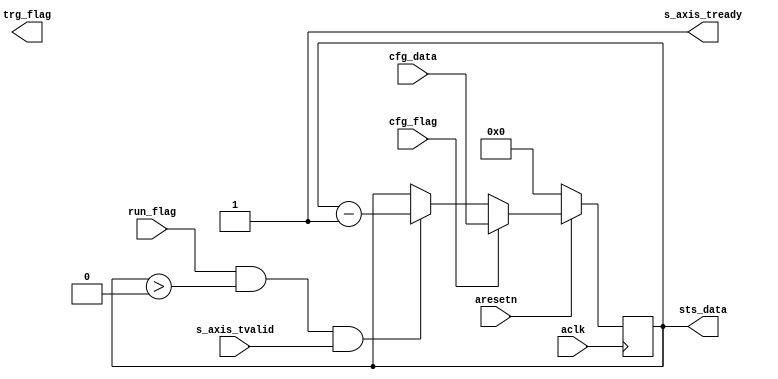
module axis_timer #
(
  parameter integer CNTR_WIDTH = 64
)
(
  input  wire                        aclk,
  input  wire                        aresetn,
  input  wire                        run_flag,
  input  wire                        cfg_flag,
  input  wire [CNTR_WIDTH-1:0]       cfg_data,
  output wire                        trg_flag,
  output wire [CNTR_WIDTH-1:0]       sts_data,
  output wire                        s_axis_tready,
  input  wire                        s_axis_tvalid
);
  reg [CNTR_WIDTH-1:0] int_cntr_reg, int_cntr_next;
  wire int_enbl_wire;
  always @(posedge aclk)
  begin
    if(~aresetn)
    begin
      int_cntr_reg <= {(CNTR_WIDTH){1'b0}};
    end
    else
    begin
      int_cntr_reg <= int_cntr_next;
    end
  end
  assign int_enbl_wire = run_flag & (int_cntr_reg > {(CNTR_WIDTH){1'b0}});
  always @*
  begin
    int_cntr_next = int_cntr_reg;
    if(cfg_flag)
    begin
      int_cntr_next = cfg_data;
    end
    else if(int_enbl_wire & s_axis_tvalid)
    begin
      int_cntr_next = int_cntr_reg - 1'b1;
    end
  end
  assign trg_data = int_enbl_wire;
  assign sts_data = int_cntr_reg;
  assign s_axis_tready = 1'b1;
endmodule